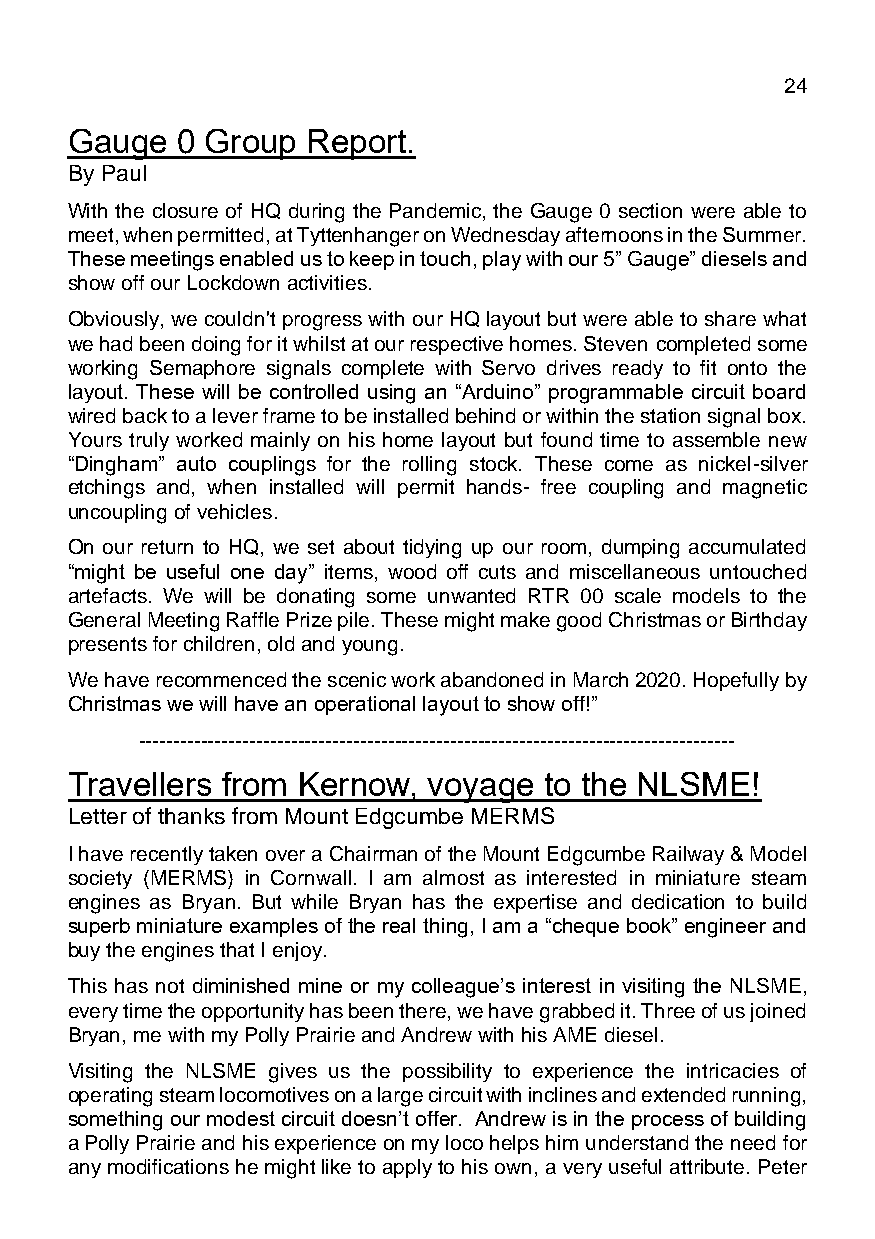
March 2021                                  Page 24
 Gauge   0 Group Report.
 By Paul Godwin
 With the closure of HQ during the Pandemic, the Gauge 0 section were able to
 meet, when permitted, at Tyttenhanger on Wednesday afternoons in the Summer.
 These meetings enabled us to keep in touch, play with our 5” Gauge” diesels and
 show off our Lockdown activities.
 Obviously, we couldn't progress with our HQ layout but were able to share what
 we had been doing for it whilst at our respective homes. Steven completed some
 working Semaphore signals complete with Servo drives ready to fit onto the
 layout. These will be controlled using an “Arduino” programmable circuit board
 wired back to a lever frame to be installed behind or within the station signal box.
 Yours truly worked mainly on his home layout but found time to assemble new
 “Dingham” auto couplings for the rolling stock. These come as nickel-silver
 etchings and, when installed will permit hands- free coupling and magnetic
 uncoupling of vehicles.
 On our return to HQ, we set about tidying up our room, dumping accumulated
 “might be useful one day” items, wood off cuts and miscellaneous untouched
 artefacts. We will be donating some unwanted RTR 00 scale models to the
 General Meeting Raffle Prize pile. These might make good Christmas or Birthday
 presents for children, old and young.
 We have recommenced the scenic work abandoned in March 2020. Hopefully by
 Christmas we will have an operational layout to show off!”
 --------------------------------------------------------------------------------------
 Travellers from Kernow, voyage  to the NLSME!
 Letter of thanks from Mount Edgcumbe MERMS
 I have recently taken over a Chairman of the Mount Edgcumbe Railway & Model
 society (MERMS) in Cornwall. I am almost as interested in miniature steam
 engines as Bryan. But while Bryan has the expertise and dedication to build
 superb miniature examples of the real thing, I am a “cheque book” engineer and
 buy the engines that I enjoy.
 This has not diminished mine or my colleague’s interest in visiting the NLSME,
 every time the opportunity has been there, we have grabbed it. Three of us joined
 Bryan, me with my Polly Prairie and Andrew with his AME diesel.
 Visiting the NLSME gives us the possibility to experience the intricacies of
 operating steam locomotives on a large circuit with inclines and extended running,
 something our modest circuit doesn’t offer. Andrew is in the process of building
 a Polly Prairie and his experience on my loco helps him understand the need for
 any modifications he might like to apply to his own, a very useful attribute. Peter